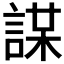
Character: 𧩜